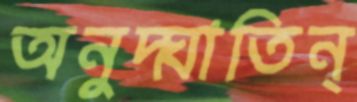
অনুদ্ঘাতিন্